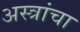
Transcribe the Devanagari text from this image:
अस्त्रांचा